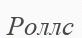
Роллс